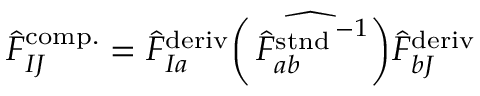
\begin{array} { r } { \hat { F } _ { I J } ^ { \mathrm { c o m p . } } = \hat { F } _ { I a } ^ { \mathrm { d e r i v } } \widehat { \left( \left. \hat { F } _ { a b } ^ { \mathrm { s t n d } } \right. ^ { - 1 } \right) } \hat { F } _ { b J } ^ { \mathrm { d e r i v } } } \end{array}